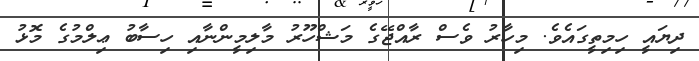
ދިޔައީ ހިމިތީގައެވެ. މިހާރު ވެސް ރާއްޖޭގެ މަޝްހޫރު މާލިމީންނާއި ހިސާބު ޢިލްމުގެ މޮޅު